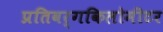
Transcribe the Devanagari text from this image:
प्रतिवर्गकिलोमीटर